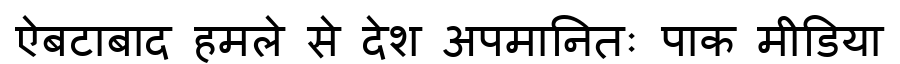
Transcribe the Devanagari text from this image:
ऐबटाबाद हमले से देश अपमानितः पाक मीडिया